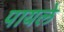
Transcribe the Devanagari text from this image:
पायले